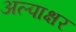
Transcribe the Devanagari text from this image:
अल्पाक्षर